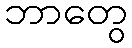
ဘာတွေ